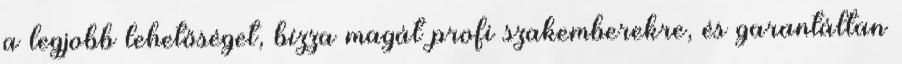
a legjobb lehetőséget, bízza magát profi szakemberekre, és garantáltan